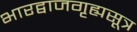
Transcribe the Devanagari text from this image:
भारद्वाजगृह्यसूत्र